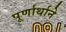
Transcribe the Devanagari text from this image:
पूर्णार्थाने